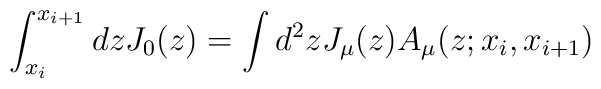
\int_{x_{i}}^{x_{i+1}}dzJ_{0}(z) =\int d^{2}z J_{\mu}(z)A_{\mu}(z;x_{i},x_{i+1})